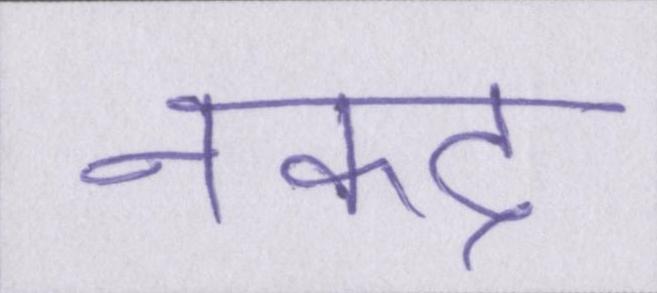
नकद